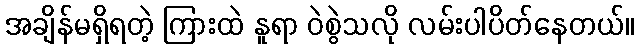
အချိန်မရှိရတဲ့ ကြားထဲ နူရာ ဝဲစွဲသလို လမ်းပါပိတ်နေတယ်။